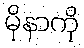
မိုနာကို